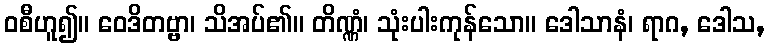
ဝစီဟူ၍။ ဝေဒိတဗ္ဗာ၊ သိအပ်၏။ တိဏ္ဏံ၊ သုံးပါးကုန်သော။ ဒေါသာနံ၊ ရာဂ, ဒေါသ,